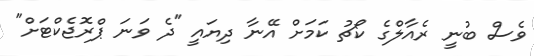
ވެސް ބުނީ ރެއާލްގެ ކޯޗު ކަމަށް އޭނާ ދިޔައީ "ދެ ވަނަ ޕްރޮޖެކްޓަށް"